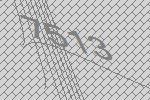
7513